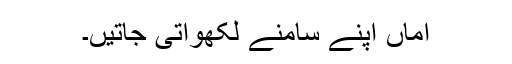
اماں اپنے سامنے لکھواتی جاتیں۔